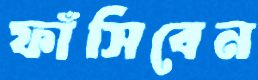
ফাঁসিবেন